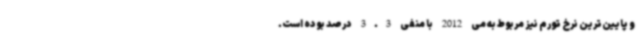
و پایین‌ترین نرخ تورم نیز مربوط به می 2012 با منفی 3.3 درصد بوده است.